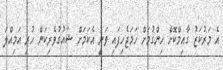
އެ މަރުކަޒު ގާއިމްކޮށް ހިންގުމަށް ހަމަޖެހިފައި ވަނީ އެކަމަށް ޝައުގުވެރިކަން ހުރި އަމިއްލަ